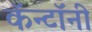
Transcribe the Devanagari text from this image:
कॅन्टॉनी